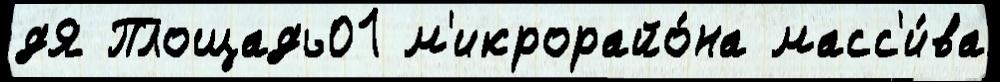
дЯ Площадь01 м'икрорайо́на масс'и́ва